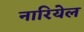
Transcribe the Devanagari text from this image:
नारियेल